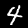
Label: 4